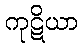
ကုဋိယာ